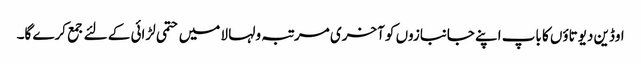
اوڈین دیوتاؤں کا باپ اپنے جانبازوں کو آخری مرتبہ ولہا لا میں حتمی لڑائی کے لئے جمع کرے گا۔